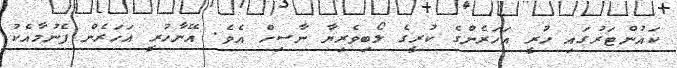
ކައުންޓަރުގައި ހުރީ އަހަރެންގެ ކުރީގެ ލޯބިވެރިޔާ ނާސިހް އެވެ. އޭނާހުރީ އަހަރެން ފެނުމާއެކު